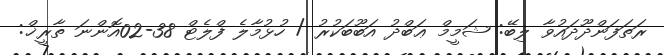
ރަތަފަންދޫދައުވާ ލިބޭ: ޝަމީމް ޢަބްދު އަބޫބަކުރު / ހުޅުމާލެ ފްލެޓް 38-02އޮންނަ ތާރީޚް: